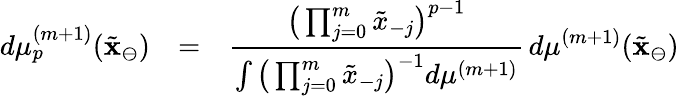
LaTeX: \begin{array}{rcl}{d\mu_{p}^{(m+1)}(\tilde{\mathbf{x}}_{\ominus})}&{=}&{\displaystyle\frac{\big(\prod_{j=0}^{m}\tilde{x}_{-j}\big)^{p-1}}{\int\big(\prod_{j=0}^{m}\tilde{x}_{-j}\big)^{-1}d\mu^{(m+1)}}\, d\mu^{(m+1)}(\tilde{\mathbf{x}}_{\ominus})}\end{array}